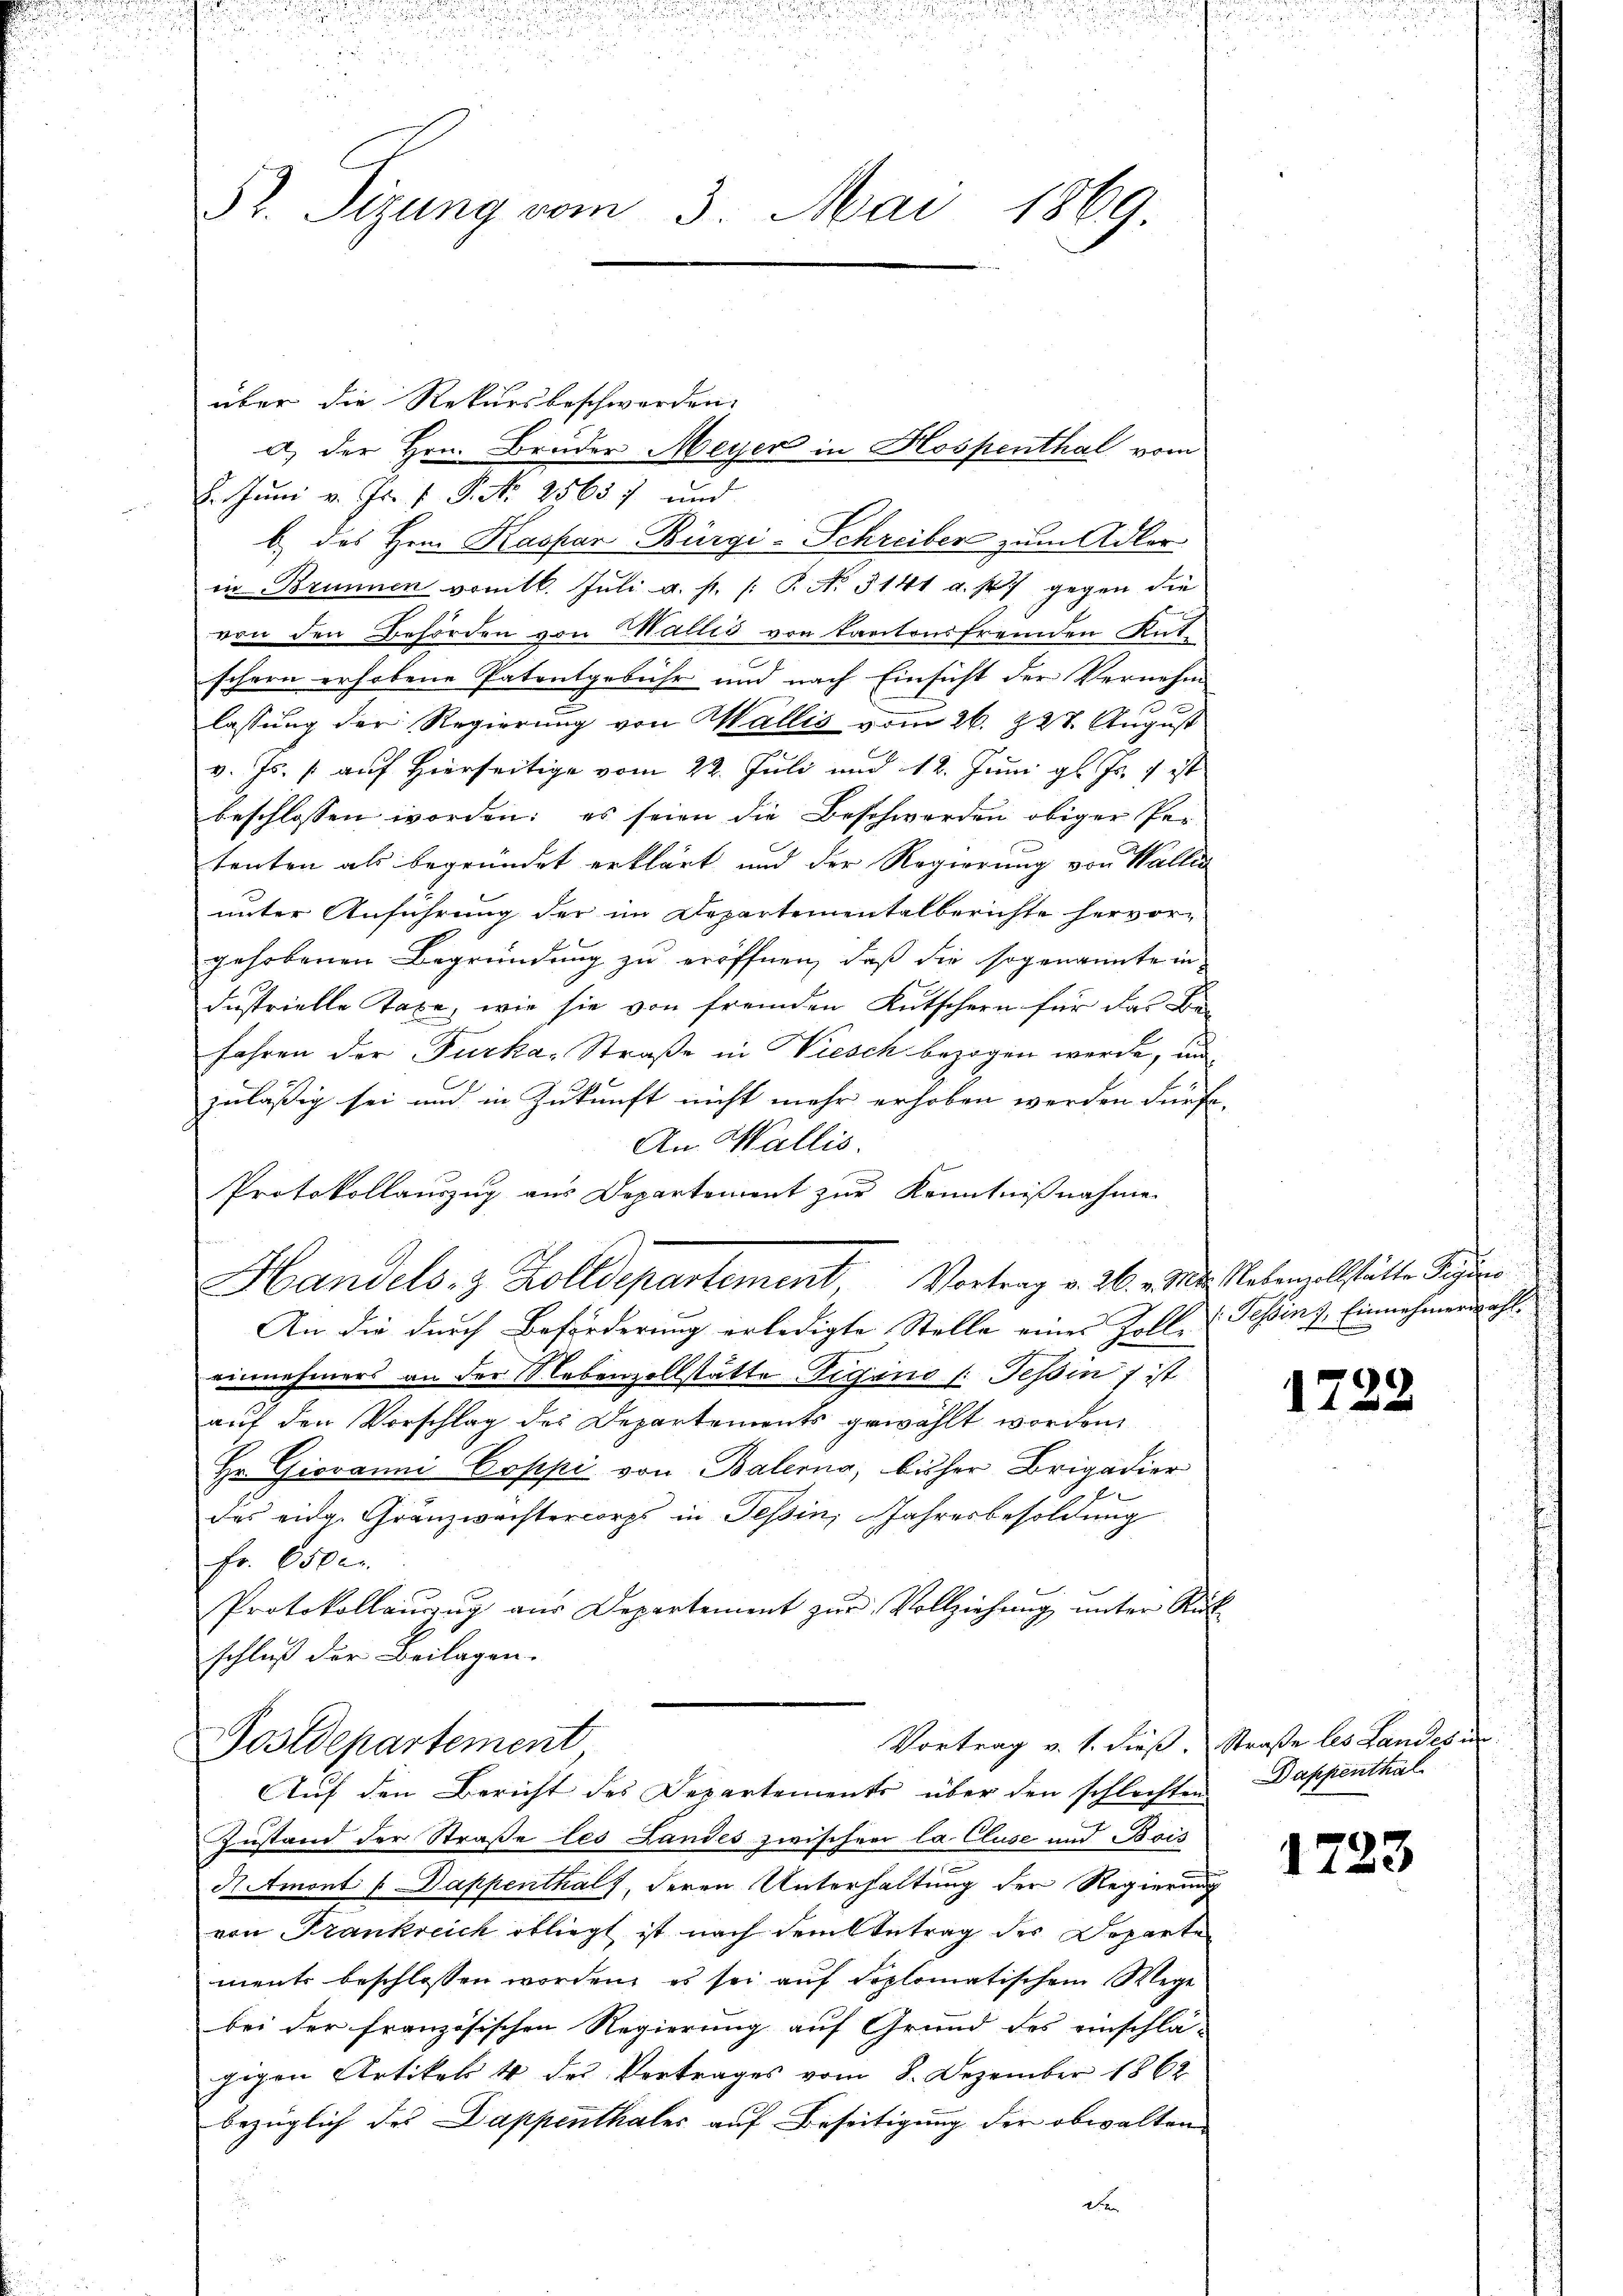
52. Sizung vom 3. Mai 1869.

über die Rekursbeschwerden.
. Juni v. Fr. 1 P. Nr. 25657 und
b.) des Hrn. Kaspar Bürgi-Schreiber zum Adler
in Brunnen vomtl. Juli u. s. /: P. No. 3141 a. p.) gegen die
von den Behörden von Wallis von Kantonsfremden Kutschern erhobene Patentgebühr und nach Einsicht der Vernehm
u
lassung der Regierung von Wallis vom 26. 228. August
v. Js. auf Hierseitige vom 22. Juli und 12. Juni gl. Js. 1 ist
beschlossen worden: es seien die Beschwerden obiger Pertenten als begründet erklärt und der Regierung von Wallia
unter Anführung der im Departementalberichte hervor-
gehobenen Begründung zu eröffnen, daß die sogenannte in
dastrielle Taxe, wie sie von fremden Kutschern für das Be-
fahren der Furka, Straße in Viesch bezogen werde, und
zuläßig sei und in Zukunft nicht mehr erhoben werden dürfe.
An Wallis.
Protokollauszug aus Departement zur Kenntnißnahme
Handels- & Zolldepartement Vortrag v. 26. v. M. lebenzollstätte Segen
An die durch Beförderung erledigte Stelle einer Zolle Tessin, Einnehmerwahl.
einnehmers an der Nebenzollstätte Vigano (: Tessin 7 ist
auf den Vorschlag des Departements gewählt worden
Hr. Giovanni Coppi von Balerna, bisher Brigadier
das eidg. Gränzwachtercorps in Tessin, Jahresbesoldung
Fr. 6500.
Protokollaŭerŭng aŭs Departement zŭr Vollziehŭng ŭnter Rük
schluß der Beilagen.

a) der Hrn. Bruder Meyer in Hospenthal vom

Vortrag v. 1. dieß. Straße les Landesu
Postdepartement
Auf den Bericht des Departements über den schlechten

Zustand der Straße les Landes zwischen Ca. Cluse und Bois
AAmont / Dappenthal, deren Unterhaltung der Regierung
von Krankreich obliegt ist nach dem Antrag der Departe
ments beschlossen worden, es sei auf diplomatischem Wege
bei der französischen Regierung auf Grund des einschla-
gigen Artikels 4 des Vertrages vom 8. Dezember 1862
bezüglich des Dappenthales auf Beseitigung der obwalten
den

1722

Dappenthal

1723